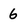
Character: 6